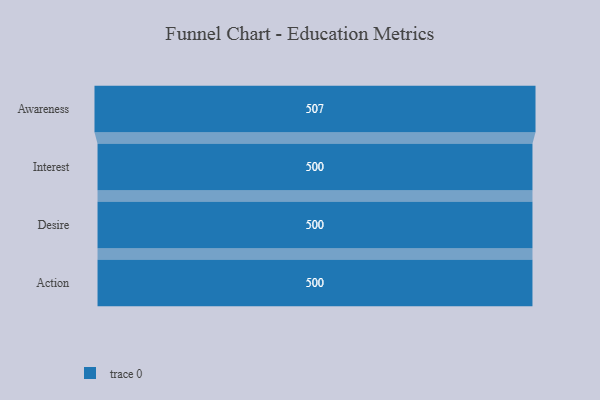
{"axis": {"x": "Stage", "y": "Value"}, "legend": [""], "data": [{"x": "Awareness", "y": 507.0, "type": ""}, {"x": "Interest", "y": 500, "type": ""}, {"x": "Desire", "y": 500, "type": ""}, {"x": "Action", "y": 500, "type": ""}]}